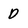
Character: D